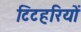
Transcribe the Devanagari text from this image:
टिटहरियों